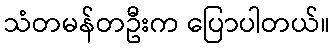
သံတမန်တဦးက ပြောပါတယ်။